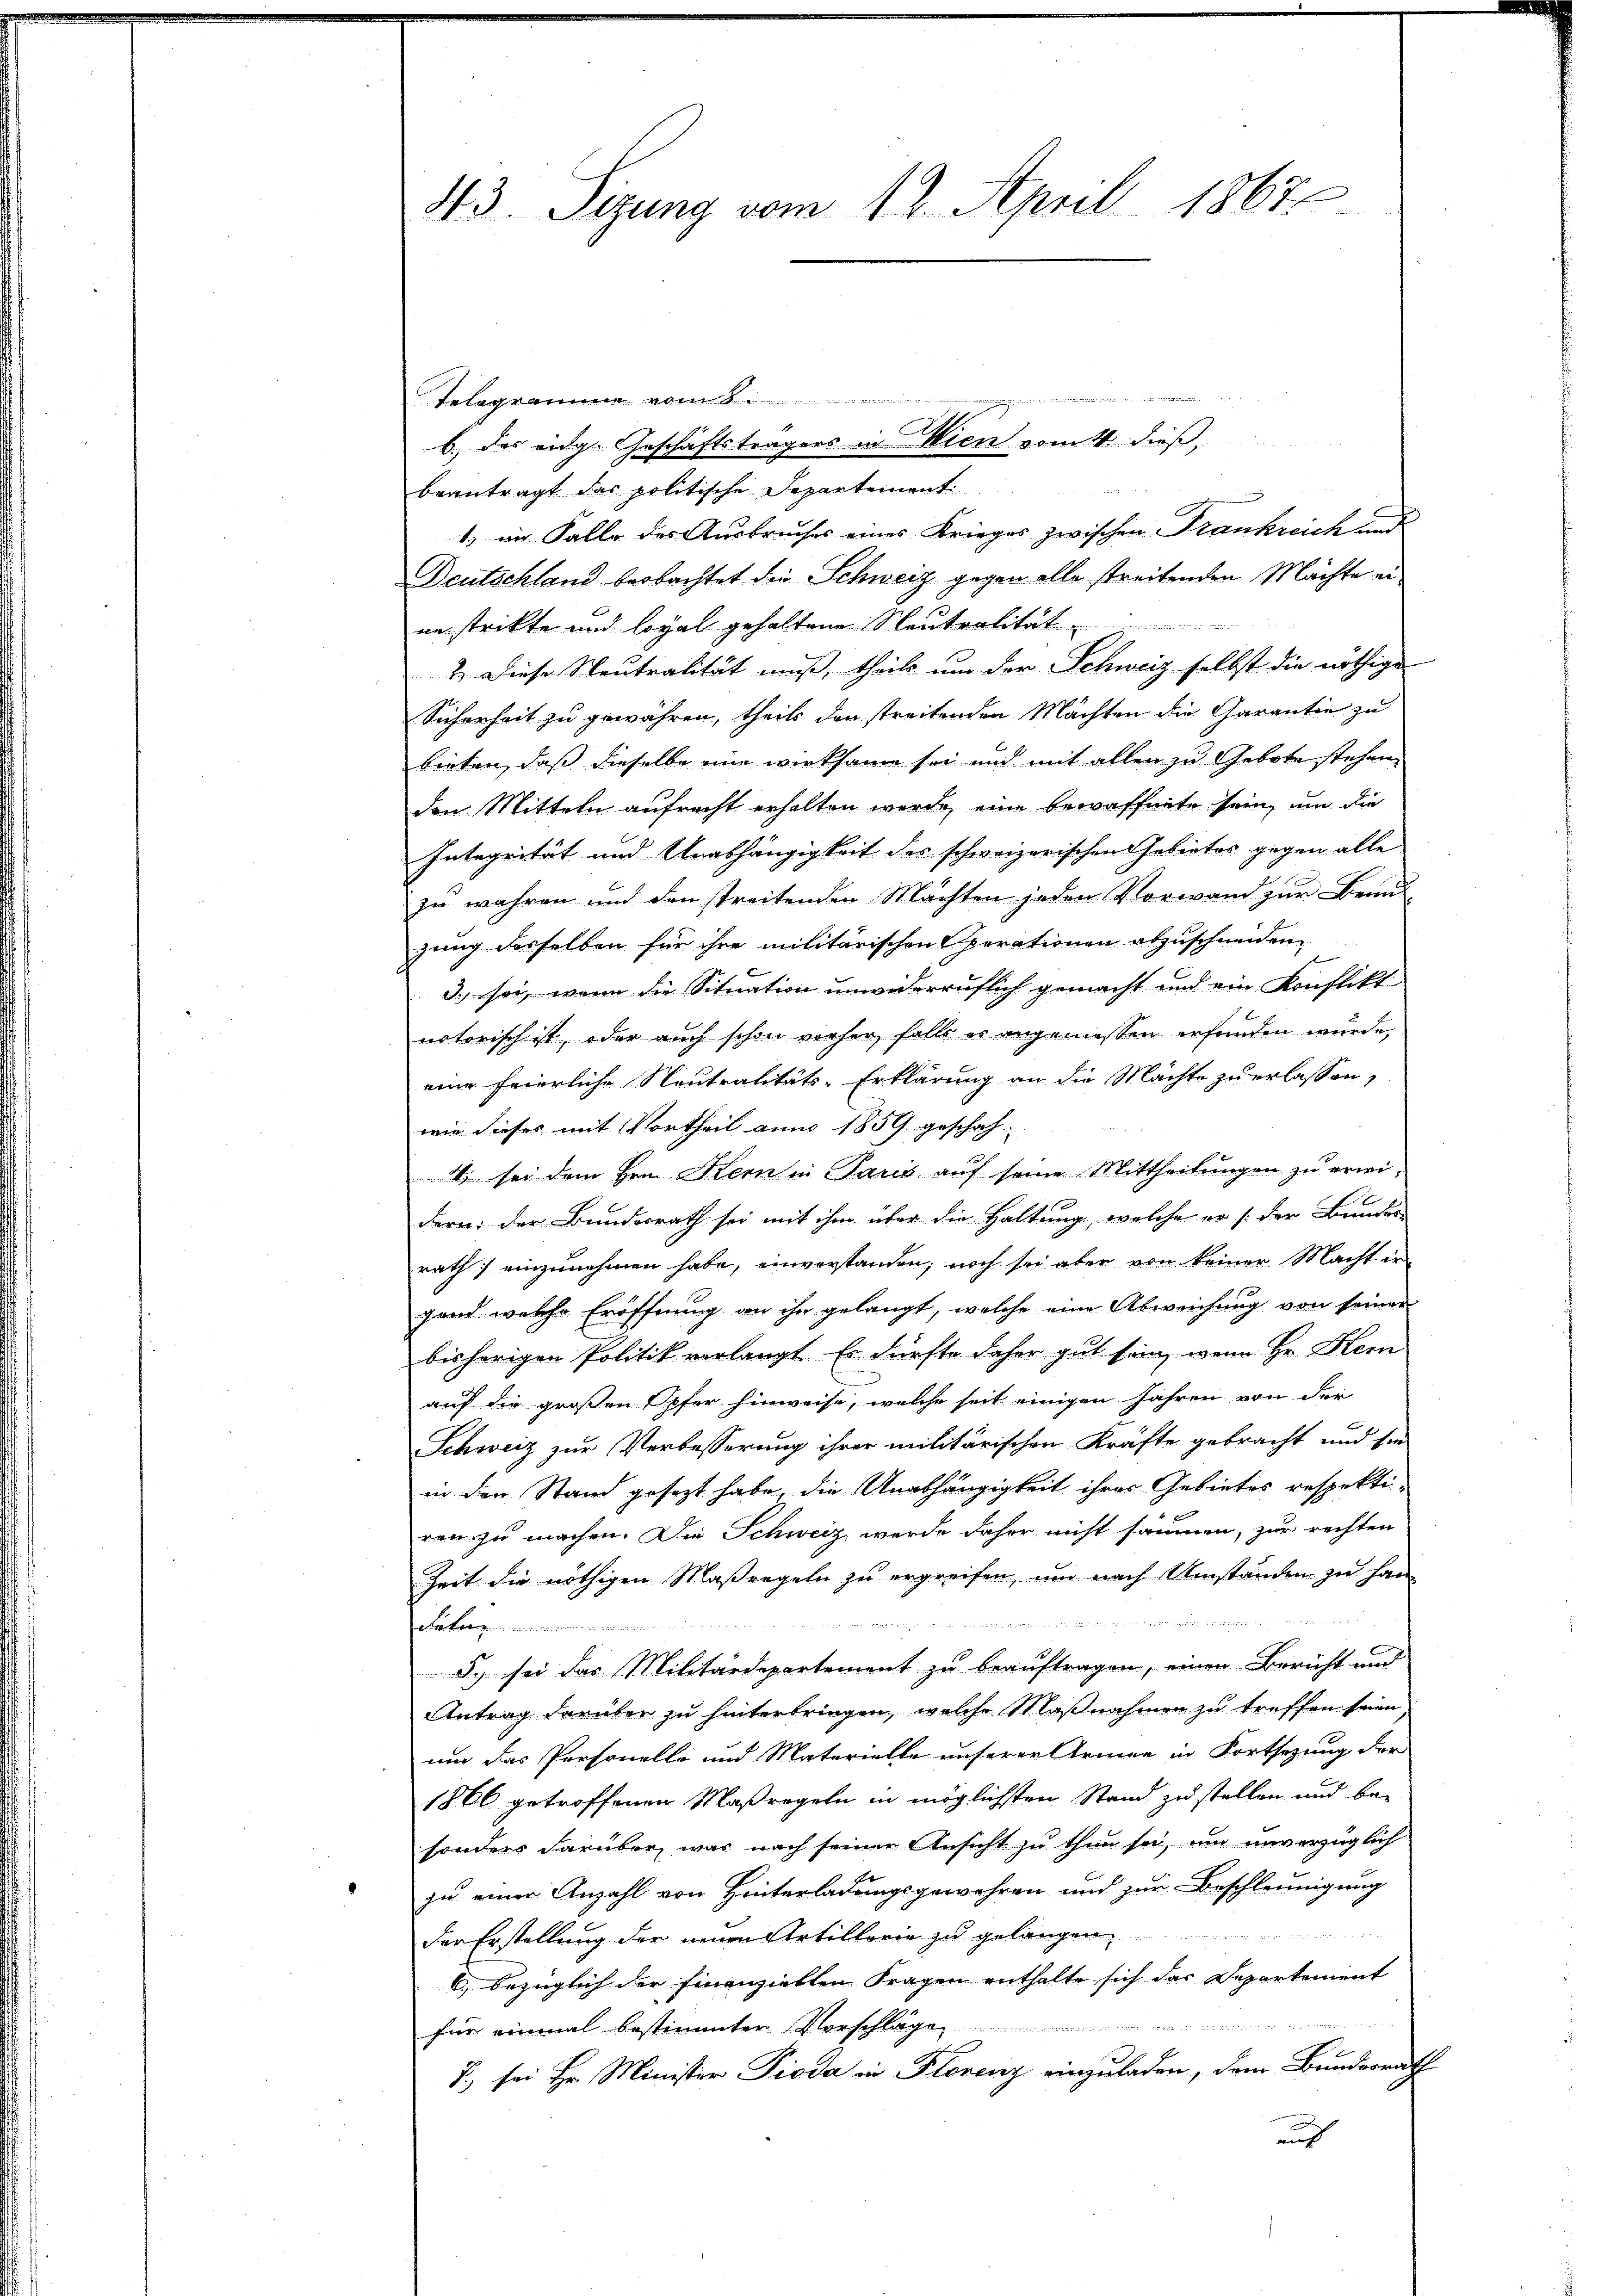
43. Sizung vom 12. April 1867

Telegramme vom 8.

b.) das eidg. Geschäftsträgers in Wien vom 4. dieß,
beantragt das politische Departement
1.) im Falle des Ausbruches eines Krieges zwischen Frankreich und
Deutschland beobachtet die Schweiz gegen alle streitenden Mächte eiin strikte und loyal gehaltene Neutralität
2. Diese Neutralität muß, theils um der Schweiz selbst die nöthige
Sicherheit zu gewähren, theils den streitenden Machten die Garantie zu
bieten, daß dieselbe eine wirksame sei und mit allen zu Gebote stehen,
den Mitteln aufrecht erhalten werde, eine bewaffnete sein, um die
Integrität und Unabhängigkeit des schweizerischen Gebietes gegen alle
zu wahren und den streitenden Mächten jeden Vorwand zur Brand-
zung desselben für ihre militärischen Operationen abzuschneiden,
3. sei, wenn die Situation unwiderruflich gemacht und ein Konflikt
natorisch ist, oder auch schon vorher, falls er angemessen erfunden wurde,
eine feierliche Neutralitäts-Erklärung an die Machte zu erlassen,
wie dieses mit Vortheil anno 1859 geschah-
 sei dem Hrn. Kern in Paris auf seine Mittheilungen zu erwidern: der Bundesrath sei mit ihm über die Haltung, welche er /: der Bundes-
rath einzunehmen habe, einverstanden, noch sei aber von keiner Macht in
gend welche Eröffnung an ihn gelangt, welche eine Abweichung von seiner
bisherigen Politik verlangt. Er dürfte daher gut sein, wenn Hr. Hern
auf die großen Opfer hinweise, welche seit einigen Jahren von der
Schweiz zur Verbesserung ihrer militärischen Kräfte gebracht und sie
in den Stand gesezt habe, die Unabhängigkeit ihres Gebietes respekti-
ren zu machen. Die Schweiz werde daher nicht säumen, zur rechten
Zeit die nöthigen Maßregeln zu ergreifen, um nach Umständen zu han¬

.
Sy sei das Militärdepartement zu beauftragen, einen Bericht und
Antrag darüber zu hinterbringen, welche Maßnahmen zu treffen seien
um das Personelle und Materielle unserer Armee in Fortsetzung der
1866 getroffenen Maßregeln in möglichsten Stand zu stellen und be-
sonders darüber, war nach seiner Ansicht zu thun sei, um unverzüglich
zu einer Anzahl von Hinterladungsgewehren und zur Beschleunigung
2
Der Erstellung der neuen Artillerie zu gelangen,
6, bezüglich der Finanzielten Fragen enthalte sich das Departement

u
für einmal bestimmter Vorschläge
7.) sei Hr. Minister Pioda in Florenz einzuladen, dem Bundesrath
auf